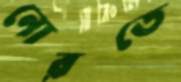
নোরতে